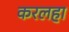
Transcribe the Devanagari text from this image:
करलहा